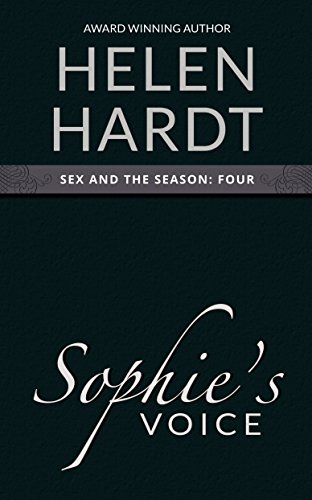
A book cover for Sophie's Voice (Sex and the Season: Four); Helen Hardt; Romance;